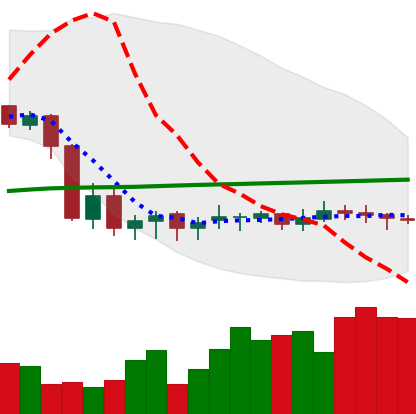
Ticker: DOGE-USD
Chart end date: 2020-09-19
Forward return: -5.941%
Label: down_5_7